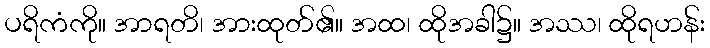
ပရိကံကို။ အာရတိ၊ အားထုတ်၏။ အထ၊ ထိုအခါ၌။ အဿ၊ ထိုရဟန်း